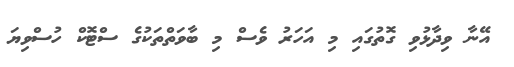
އޭނާ ވިދާޅުވި ގޮތުގައި މި އަހަރު ވެސް މި ބާވަތްތަކުގެ ސްޓޮކް ހުސްވިޔަ